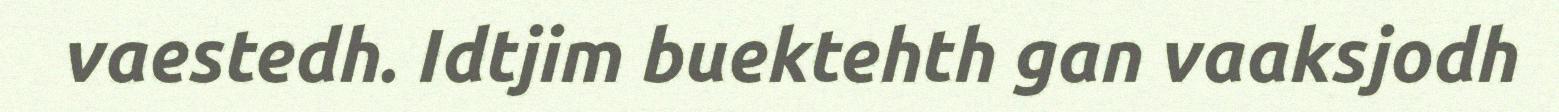
vaestedh. Idtjim buektehth gan vaaksjodh